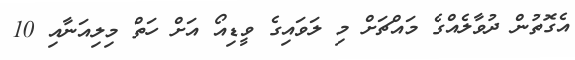
އެގޮތުން ދުވާލެއްގެ މައްޗަށް މި ލަވައިގެ ވީޑިއޯ އަށް ހަތް މިލިއަނާއި 10